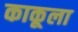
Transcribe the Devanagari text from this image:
काकूला